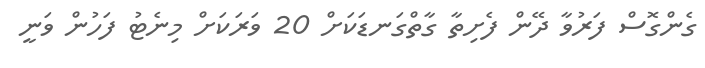
ގެންގޮސް ފަރުވާ ދޭން ފެށިތާ ގާތްގަނޑަކަށް 20 ވަރަކަށް މިނެޓު ފަހުން ވަނީ